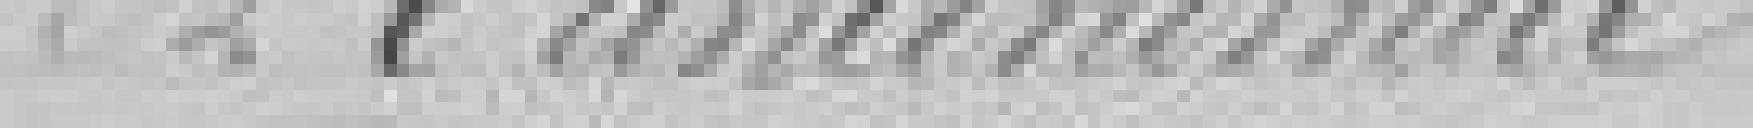
A l'unanimité